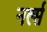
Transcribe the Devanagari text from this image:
नर्ल्स